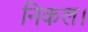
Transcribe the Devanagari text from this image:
निकल।